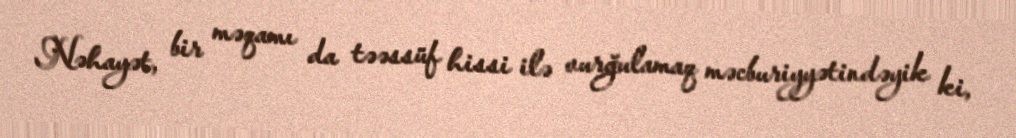
Nəhayət, bir məqamı da təəssüf hissi ilə vurğulamaq məcburiyyətindəyik ki,